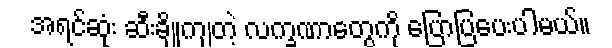
အရင်ဆုံး ဆီးချိုကျတဲ့ လက္ခဏာတွေကို ပြောပြပေးပါမယ်။